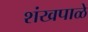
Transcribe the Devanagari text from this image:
शंखपाळे